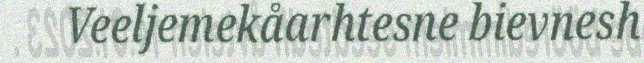
Veeljemekåarhtesne bievnesh